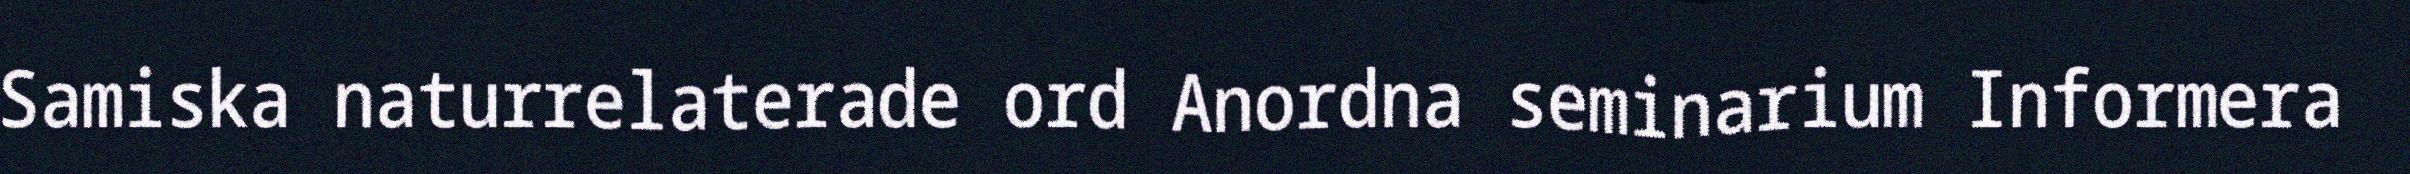
Samiska naturrelaterade ord Anordna seminarium Informera